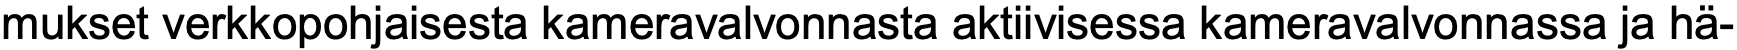
mukset verkkopohjaisesta kameravalvonnasta aktiivisessa kameravalvonnassa ja hä-